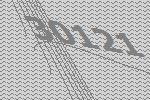
30121